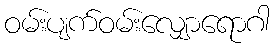
ဝမ်းပျက်ဝမ်းလျှောရောဂါ